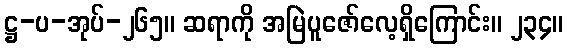
ဋ္ဌ-ပ-အုပ်-၂၆၅။ ဆရာကို အမြဲပူဇော်လေ့ရှိကြောင်း။ ၂၃၄။